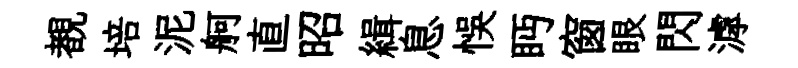
覩培泥舸直昭緝息悞眄窗眼閃滹